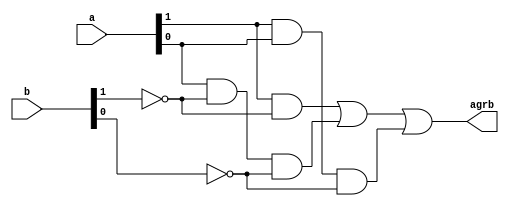
// Listing 1.1
module gr
   // I/O ports
   (
    input  wire[1:0] a, b,
    output wire agrb
   );

   // signal declaration
   wire p0, p1, p2;

   // body
   // sum of two product terms
   assign agrb = p0 | p1 | p2;
   // product terms
   assign p0 = a[1] & ~b[1];
   assign p1 = a[0] & ~b[1] & ~b[0];
   assign p2 = a[1] & a[0] & ~b[0];

endmodule